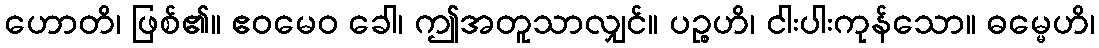
ဟောတိ၊ ဖြစ်၏။ ဧဝမေဝ ခေါ၊ ဤအတူသာလျှင်။ ပဉ္စဟိ၊ ငါးပါးကုန်သော။ ဓမ္မေဟိ၊